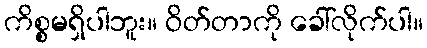
ကိစ္စမရှိပါဘူး။ ဝိတ်တာကို ခေါ်လိုက်ပါ။